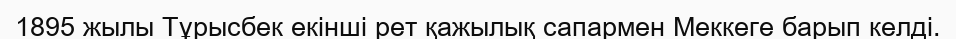
1895 жылы Тұрысбек екінші рет қажылық сапармен Меккеге барып келді.